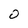
Character: 0